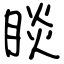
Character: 睒